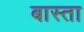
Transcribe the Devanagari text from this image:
बास्ता